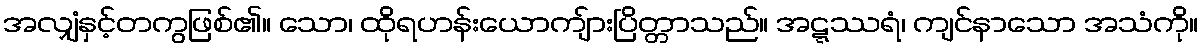
အလျှံနှင့်တကွဖြစ်၏။ သော၊ ထိုရဟန်းယောကျ်ားပြိတ္တာသည်။ အဋ္ဋဿရံ၊ ကျင်နာသော အသံကို။